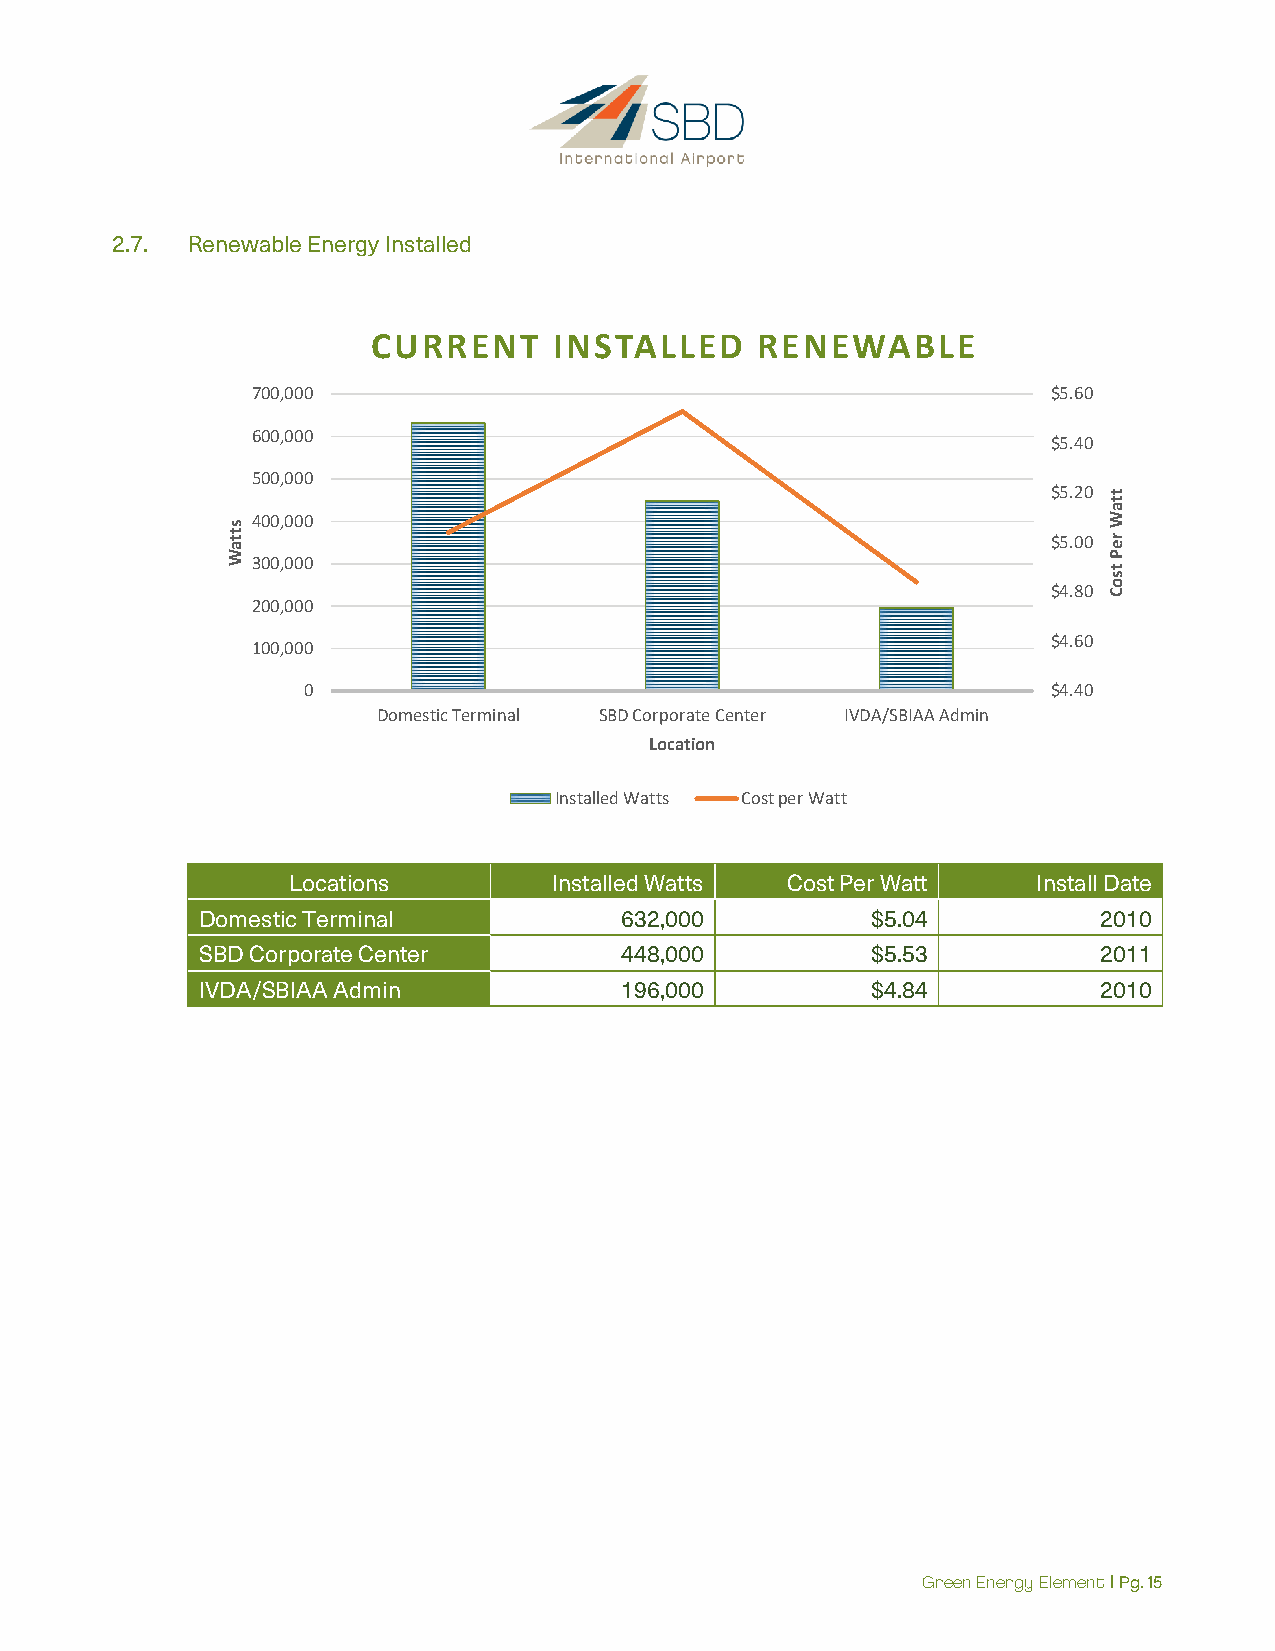
2.7. Renewable Energy Installed
 CURRENT     INSTALLED    RENEWABLE
 700,000                                              $5.60
 600,000
 $5.40
 500,000
 $5.20
 400,000
 $5.00
 300,000
 $4.80
 200,000
 $4.60
 100,000
 0                                                 $4.40
 Domestic Terminal SBD Corporate Center IVDA/SBIAA Admin
 Location
 Installed Watts Cost per Watt
 Locations         Installed Watts Cost Per Watt   Install Date
 Domestic Terminal           632,000          $5.04          2010
 SBD Corporate Center        448,000          $5.53          2011
 IVDA/SBIAA Admin            196,000          $4.84          2010
 Green Energy Element | Pg. 15
 sttaW
 ttaW
 reP
 tsoC